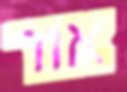
אור